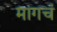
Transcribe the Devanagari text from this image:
मागचं